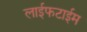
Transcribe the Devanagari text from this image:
लाईफटाईम